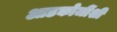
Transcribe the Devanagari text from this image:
आडकोजींशी